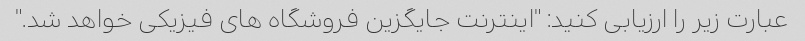
عبارت زیر را ارزیابی کنید: "اینترنت جایگزین فروشگاه های فیزیکی خواهد شد."